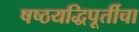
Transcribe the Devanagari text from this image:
षष्ठयद्धिपूर्तीचा